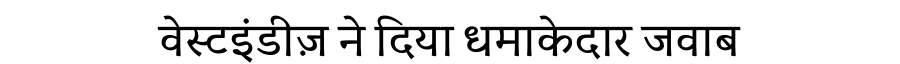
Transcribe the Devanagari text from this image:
वेस्टइंडीज़ ने दिया धमाकेदार जवाब